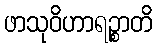
ဖာသုဝိဟာရဉ္စာတိ